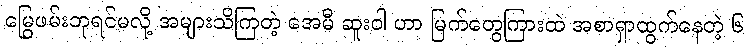
မြွေဖမ်းဘုရင်မလို့ အများသိကြတဲ့ အေမီ ဆူးဝါ ဟာ မြက်တွေကြားထဲ အစာရှာထွက်နေတဲ့ ၆